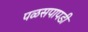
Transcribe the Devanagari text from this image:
पळसपापडी